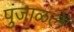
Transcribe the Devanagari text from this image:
पुंजाळले